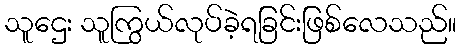
သူဌေး သူကြွယ်လုပ်ခဲ့ရခြင်းဖြစ်လေသည်။